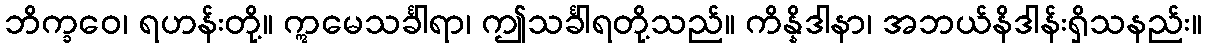
ဘိက္ခဝေ၊ ရဟန်းတို့။ ဣမေသင်္ခါရာ၊ ဤသင်္ခါရတို့သည်။ ကိန္နိဒါနာ၊ အဘယ်နိဒါန်းရှိသနည်း။